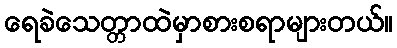
ရေခဲသေတ္တာထဲမှာစားစရာများတယ်။